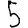
Digit: 5